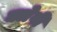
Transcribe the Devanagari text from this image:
क्लेवी